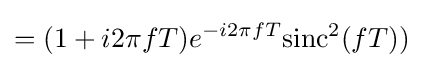
=(1+i2\pi fT)e^{-i2\pi fT}\mathrm {sinc} ^{2}(fT))\